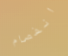
انفصام